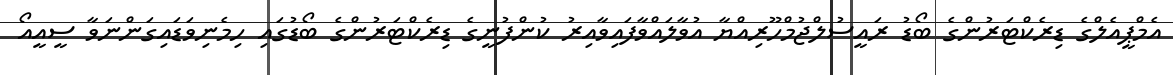
އެމްޕީއެލްގެ ޑިރެކްޓަރުންގެ ބޯޑު ރައީސުލްޖުމްހޫރިއްޔާ އުވާލައްވާފައިވާއިރު ކުންފުނީގެ ޑިރެކްޓަރުންގެ ބޯޑުގައި ހިމެނިވަޑައިގަންނަވާ ސީއީއޯ